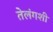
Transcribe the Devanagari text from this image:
तेलंगशी